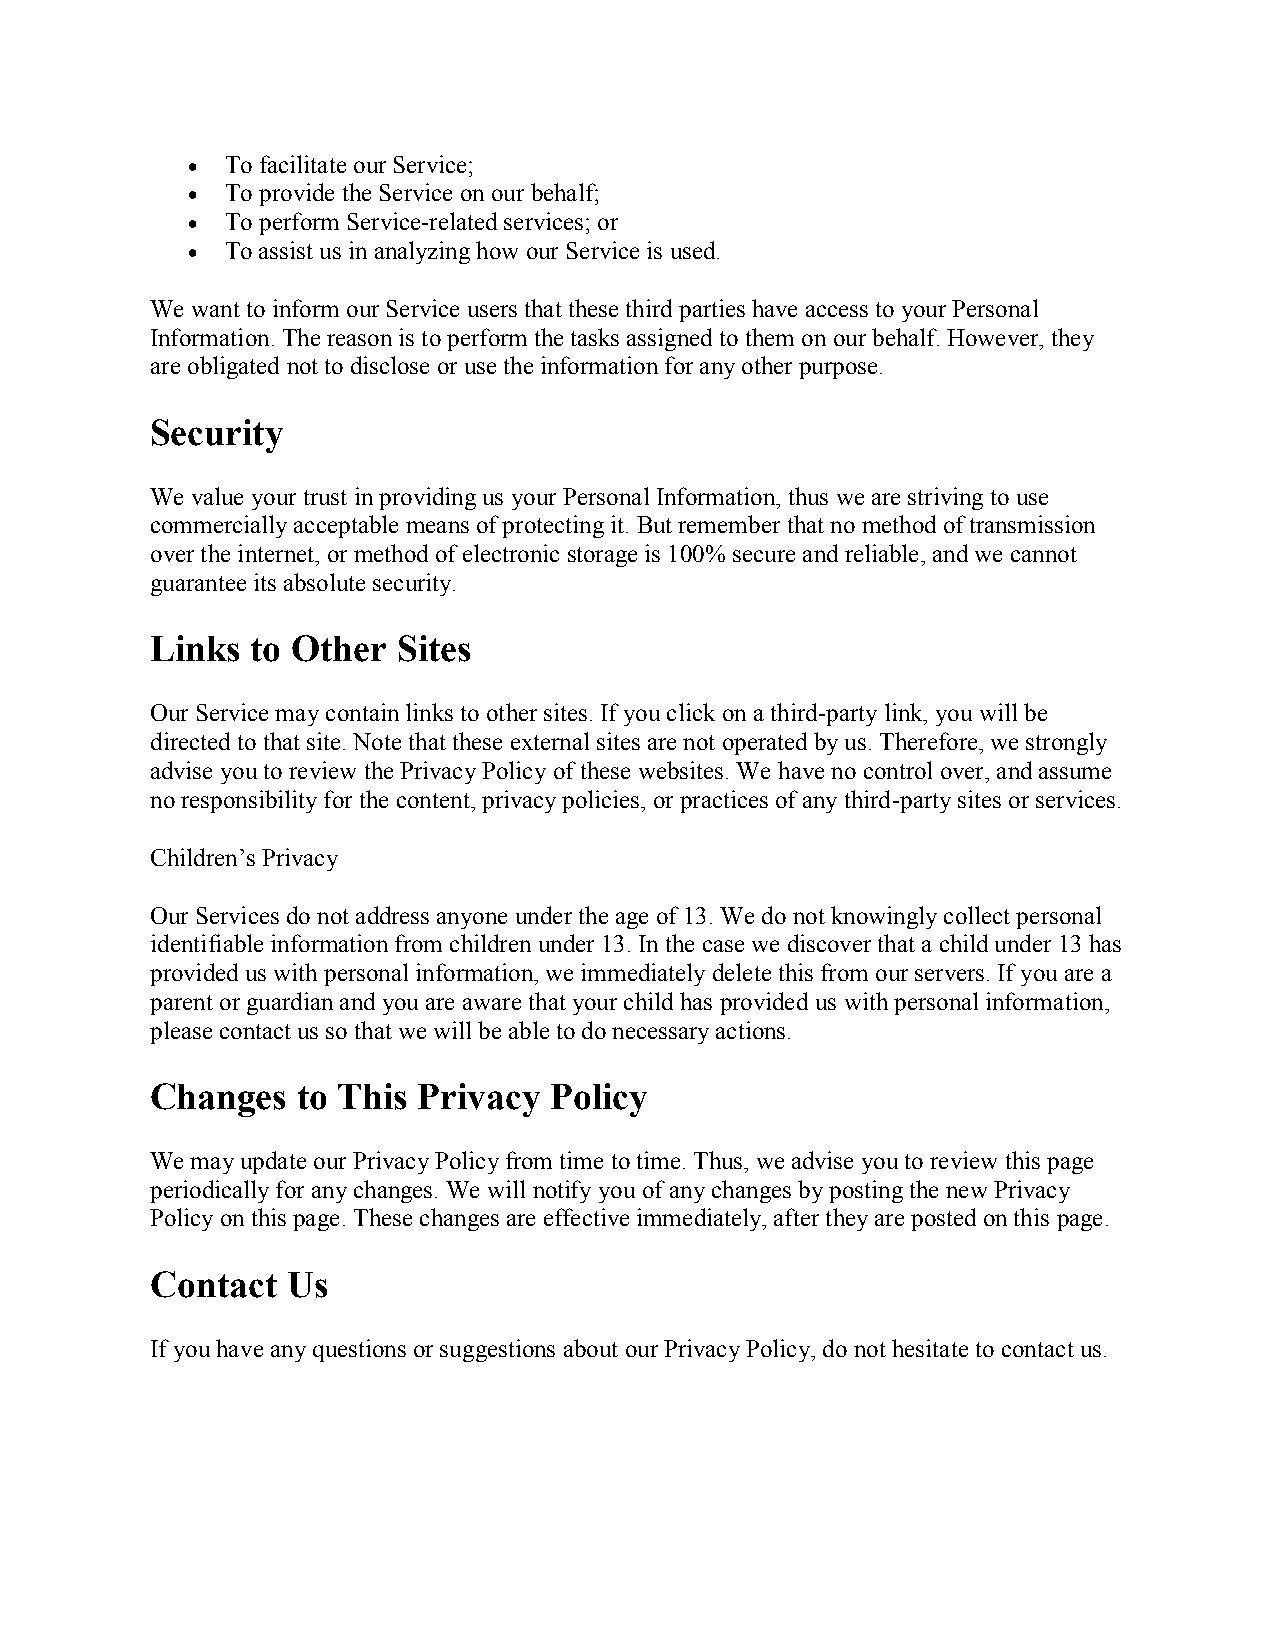
  To facilitate our Service;
   To provide the Service on our behalf;
   To perform Service-related services; or
   To assist us in analyzing how our Service is used.
 We want to inform our Service users that these third parties have access to your Personal
 Information. The reason is to perform the tasks assigned to them on our behalf. However, they
 are obligated not to disclose or use the information for any other purpose.
 Security
 We value your trust in providing us your Personal Information, thus we are striving to use
 commercially acceptable means of protecting it. But remember that no method of transmission
 over the internet, or method of electronic storage is 100% secure and reliable, and we cannot
 guarantee its absolute security.
 Links  to Other Sites
 Our Service may contain links to other sites. If you click on a third-party link, you will be
 directed to that site. Note that these external sites are not operated by us. Therefore, we strongly
 advise you to review the Privacy Policy of these websites. We have no control over, and assume
 no responsibility for the content, privacy policies, or practices of any third-party sites or services.
 Children’s Privacy
 Our Services do not address anyone under the age of 13. We do not knowingly collect personal
 identifiable information from children under 13. In the case we discover that a child under 13 has
 provided us with personal information, we immediately delete this from our servers. If you are a
 parent or guardian and you are aware that your child has provided us with personal information,
 please contact us so that we will be able to do necessary actions.
 Changes   to This Privacy Policy
 We may update our Privacy Policy from time to time. Thus, we advise you to review this page
 periodically for any changes. We will notify you of any changes by posting the new Privacy
 Policy on this page. These changes are effective immediately, after they are posted on this page.
 Contact  Us
 If you have any questions or suggestions about our Privacy Policy, do not hesitate to contact us.